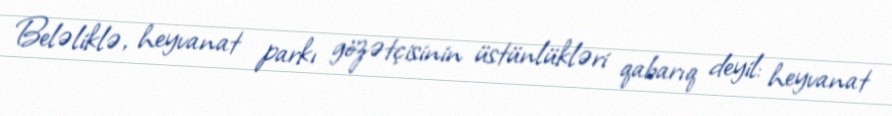
Beləliklə, heyvanat parkı gözətçisinin üstünlükləri qabarıq deyil: heyvanat